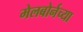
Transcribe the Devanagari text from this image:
मेलबोर्नच्या